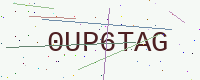
Text: 0UP6TAG